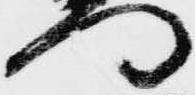
門